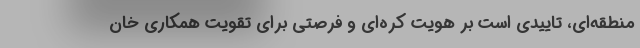
منطقه‌ای، تاییدی است بر هویت کره‌ای و فرصتی برای تقویت همکاری خان